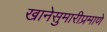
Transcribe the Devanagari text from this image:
खानेसुमारीप्रमाणे